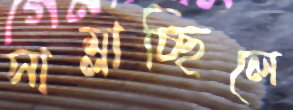
সাম্‌লাচ্ছিলে